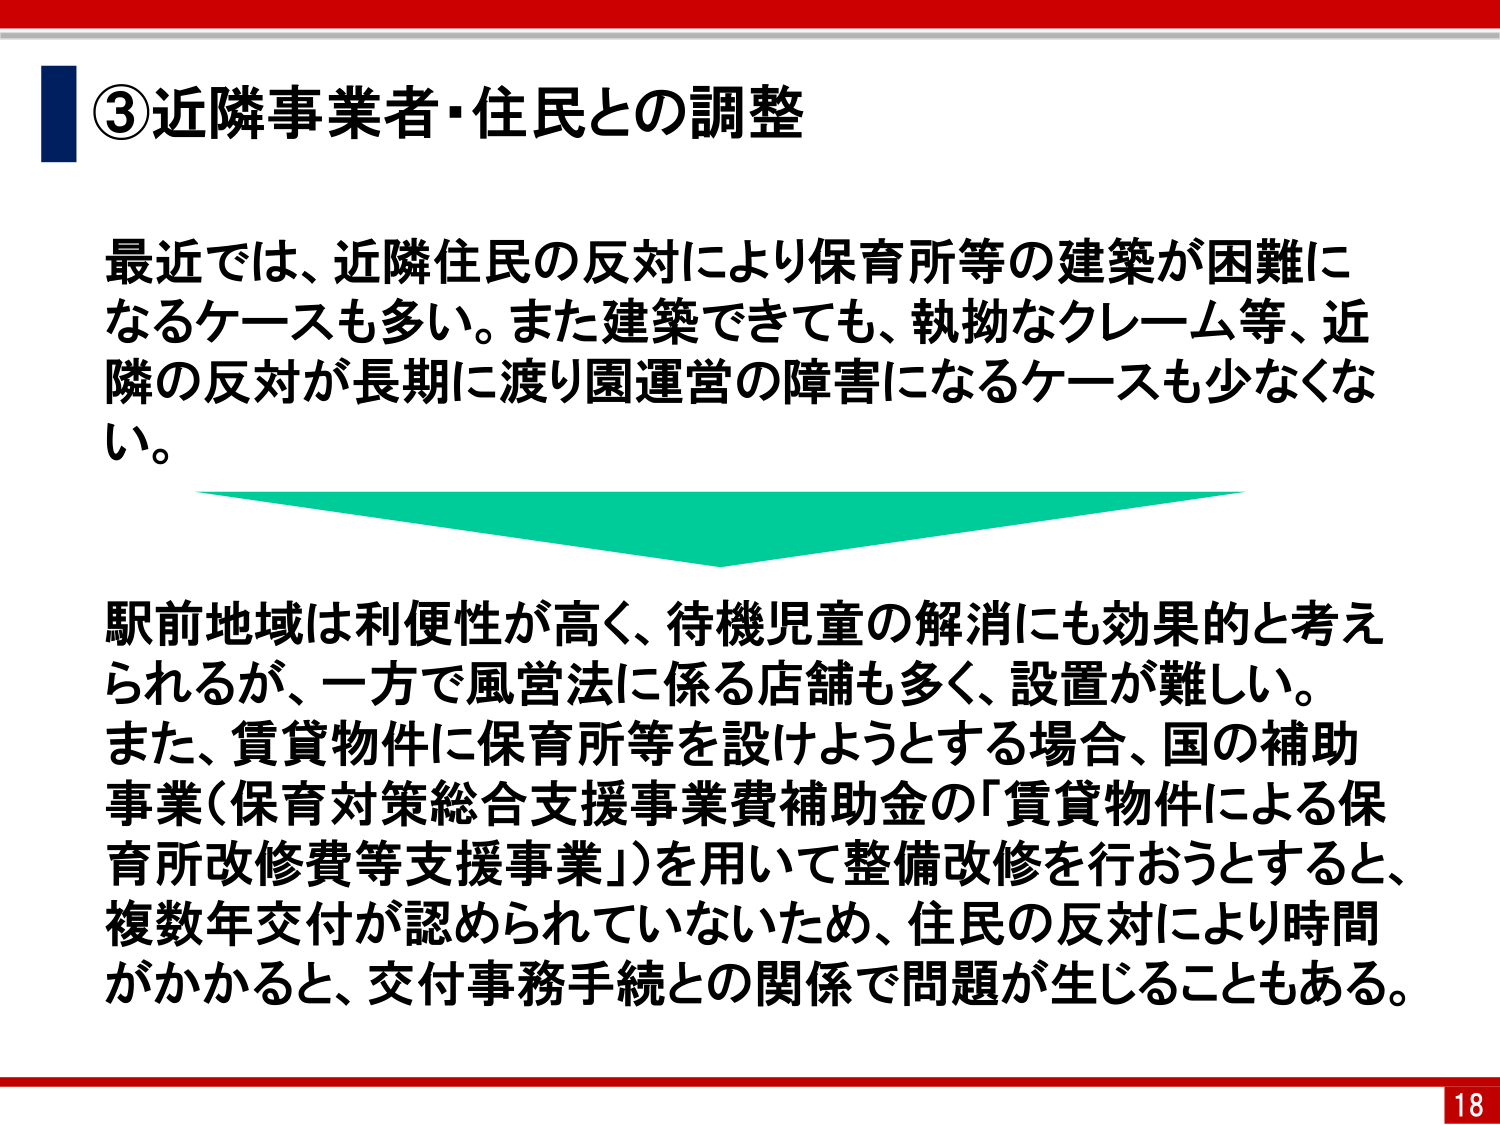
③近隣事業者・住民との調整

最近では、近隣住民の反対により保育所等の建築が困難になるケースも多い。また建築できても、執拗なクレーム等、近隣の反対が長期に渡り園運営の障害になるケースも少なくない。

駅前地域は利便性が高く、待機児童の解消にも効果的と考えられるが、一方で風営法に係る店舗も多く、設置が難しい。また、賃貸物件に保育所等を設けようとする場合、国の補助事業（保育対策総合支援事業費補助金の「賃貸物件による保育所改修費等支援事業」）を用いて整備改修を行おうとすると、複数年交付が認められていないため、住民の反対により時間がかかると、交付事務手続との関係で問題が生じることもある。

18